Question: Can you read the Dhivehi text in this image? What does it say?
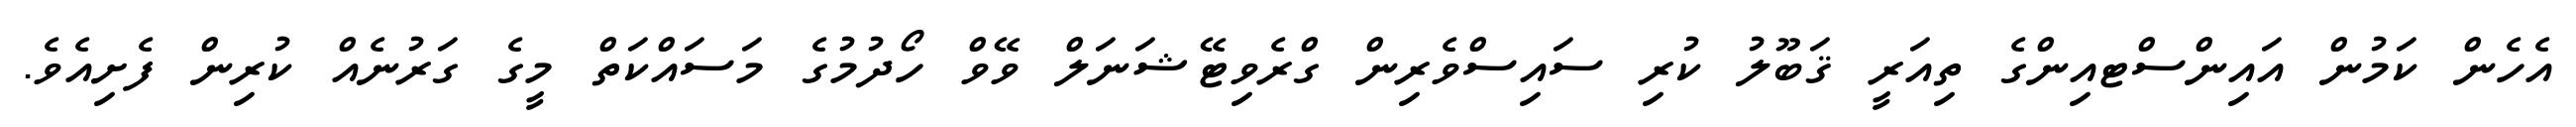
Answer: އެހެން ކަމުން އައިންސްޓއިންގެ ތިއަރީ ޤަބޫލު ކުރި ސައިސްވެރިން ގްރެވިޓޭޝަނަލް ވޭވް ހޯދުމުގެ މަސައްކަތް މީގެ ގަރުނެއް ކުރިން ފެށިއެވެ.